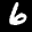
Label: 6